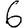
Digit: 6